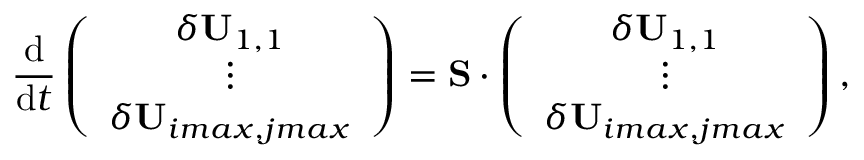
\frac { \mathrm { d } } { \mathrm { d } t } \left( \begin{array} { c } { \delta \mathbf { U } _ { 1 , 1 } } \\ { \vdots } \\ { \delta \mathbf { U } _ { i m a x , j m a x } } \end{array} \right) = \mathbf { S } \cdot \left( \begin{array} { c } { \delta \mathbf { U } _ { 1 , 1 } } \\ { \vdots } \\ { \delta \mathbf { U } _ { i m a x , j m a x } } \end{array} \right) ,